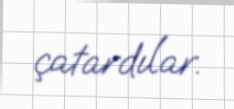
çatardılar.